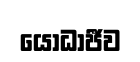
යෝධාජීව